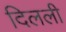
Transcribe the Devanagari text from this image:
दिलली